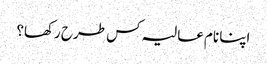
اپنا نام عالیہ کس طرح رکھا؟